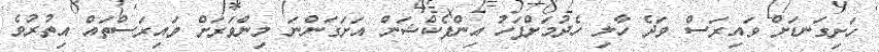
ހަށިގަނޑަށް ވައިރަސް ވަދެ ހާލި ހެދުމަށްފަހު އިންފެކްޝަން އަށަގަންނަ މިންވަރަށް ވައިރަސްތައް އިތުރުވެ